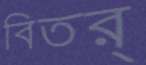
বিতর্